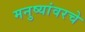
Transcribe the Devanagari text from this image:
मनुष्यांवरचे